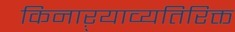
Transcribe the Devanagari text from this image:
किनाऱ्याव्यतिरिक्त